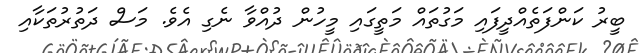
ބީރު ކަންފަތެއްދީފައި މަގުތައް މަތީގައި މީހުން ދުއްވާ ނެގި އެވެ. މަސް ދަތުރުތަކާއި